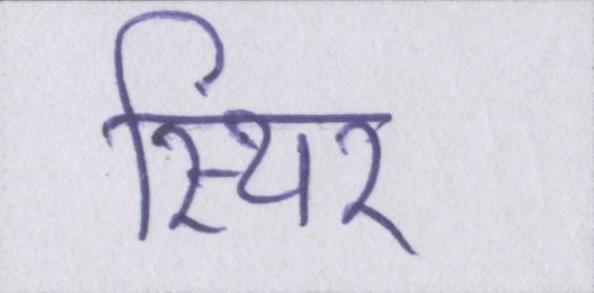
स्थिर